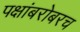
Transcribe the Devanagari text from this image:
पक्षांबरोबरच